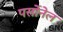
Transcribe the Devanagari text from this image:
पर्सोनेल